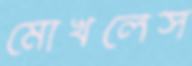
মোখলেস